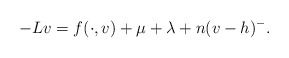
\begin{align*}-Lv=f(\cdot, v)+\mu+\lambda+n(v-h)^{-}.\end{align*}